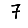
Digit: 7